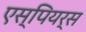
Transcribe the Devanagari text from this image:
एस्पियर्स